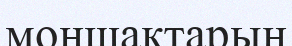
моншақтарын